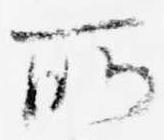
所